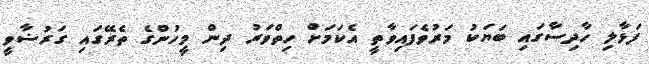
ފަޅާލި ހާދިސާގައި ބަޔަކު މަރުވެފައިވާތީ އެކަމަށް ހިތްވަރު ދިން މީހުންގެ ތެރޭގައި ގަރުޟާވީ